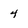
Character: 4